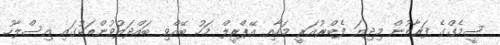
ސީމެގްގެ ފަރާތުން މިދިޔަ ފެބްރުއަރީ މަހާއި އޭޕްރީލް މަހު ބޭއްވި ބައްދަލުވުންތަކުގައި އިސްލާހު